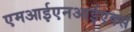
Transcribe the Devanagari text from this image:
एमआईएनआईएक्स